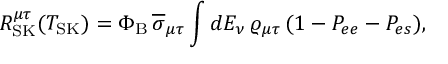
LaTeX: R _ { \mathrm { S K } } ^ { \mu \tau } ( T _ { \mathrm { S K } } ) = \Phi _ { \mathrm { B } } \, \overline { { \sigma } } _ { \mu \tau } \int d E _ { \nu } \, \varrho _ { \mu \tau } \, ( 1 - P _ { e e } - P _ { e s } ) ,